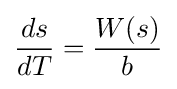
{\frac {ds}{dT}}={\frac {W(s)}{b}}